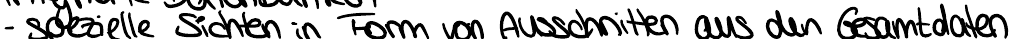
- spezielle Sichten in Form von Ausschnitten aus den Gesamtdaten